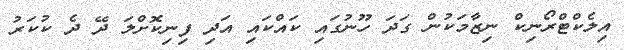
އިލެކްޓްރޯނިކް ނިޒާމަކުން ގަދަ ހޫނުގައި ކައްކައި އަދި ފިނިކޮށްލަ ދޭ ދެ ކުކަރު